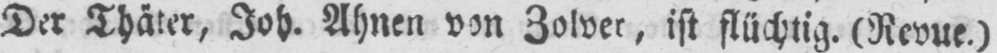
Der Thäter, Joh. Ahnen von Zolver, ist flüchtig. (Revue.)